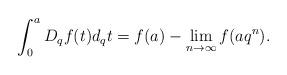
LaTeX: \begin{align*} \int_{0}^{a} D_q f(t) d_qt = f(a) -\lim_{n\rightarrow\infty} f(a q^n).\end{align*}